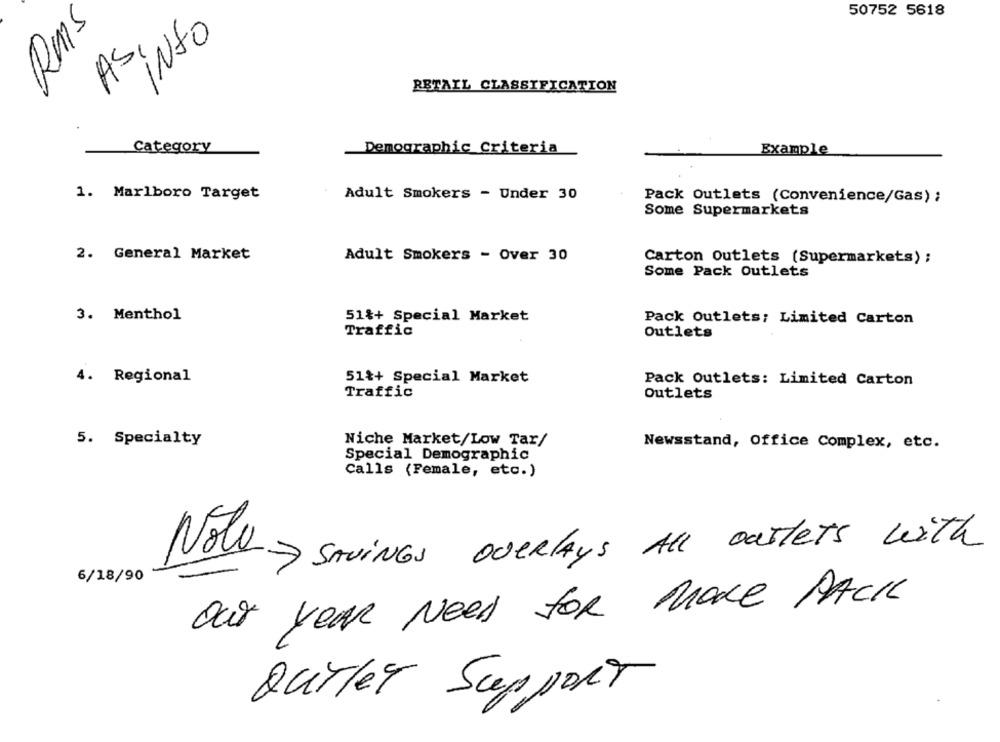
50752 5618
Rms
info
AS,
RETAIL CLASSIFICATION
Category
Demographic Criteria
Example
1. Marlboro Target
Adult Smokers - Under 30
Pack Outlets (Convenience/Gas) ;
Some Supermarkets
2. General Market
Adult Smokers - Over 30
Carton Outlets (Supermarkets) ;
Some Pack Outlets
3. Menthol
51%+ Special Market
Pack Outlets: Limited Carton
Traffic
Outlets
4. Regional
51%+ Special Market
Pack Outlets: Limited Carton
Traffic
Outlets
5. Specialty
Niche Market/Low Tar/
Newsstand, Office Complex, etc.
Special Demographic
Calls (Female, etc.)
7 SAVINGS OVERLAYS ALL outlets with
6/18/90
Nola > SAVINGS
Our year Need for More PACK
OUTLET Support